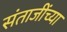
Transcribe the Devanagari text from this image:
संताजींच्या